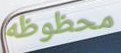
محظوظه